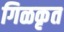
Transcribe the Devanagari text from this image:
गिळकृत